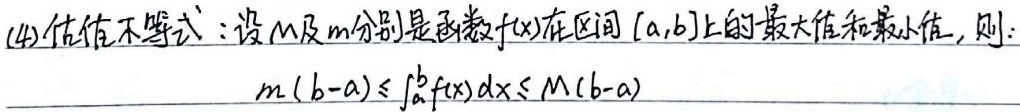
(4) 估值不等式：设 $M$ 及 $m$ 分别是函数 $f(x)$ 在区间 $[a,b]$ 上的最大值和最小值，则：
\[m(b - a) \leq \int_{a}^{b} f(x)dx \leq M(b - a)\]